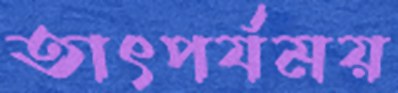
তাৎপর্যময়